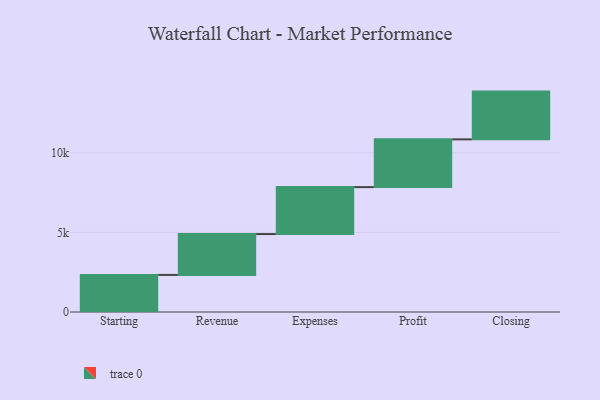
{"axis": {"x": "Step", "y": "Value"}, "legend": [""], "data": [{"x": "Starting", "y": 2330.0, "type": ""}, {"x": "Revenue", "y": 2565.0, "type": ""}, {"x": "Expenses", "y": 2949.0, "type": ""}, {"x": "Profit", "y": 3000, "type": ""}, {"x": "Closing", "y": 3000, "type": ""}]}